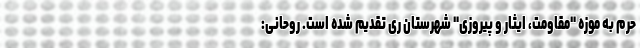
حرم به موزه "مقاومت، ایثار و پیروزی" شهرستان ری تقدیم شده است. روحانی: